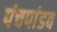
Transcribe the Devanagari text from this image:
पंचपांडव